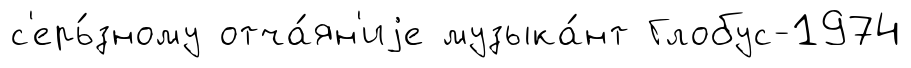
с'ерь́зному отча́ян'иjе музыка́нт Глобус-1974